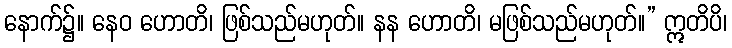
နောက်၌။ နေဝ ဟောတိ၊ ဖြစ်သည်မဟုတ်။ နန ဟောတိ၊ မဖြစ်သည်မဟုတ်။” ဣတိပိ၊